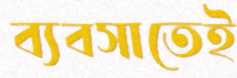
ব্যবসাতেই